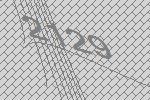
2129